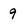
Character: 9